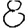
Digit: 8